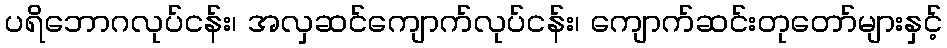
ပရိဘောဂလုပ်ငန်း၊ အလှဆင်ကျောက်လုပ်ငန်း၊ ကျောက်ဆင်းတုတော်များနှင့်